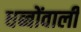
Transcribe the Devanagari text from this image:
धब्बोंवाली